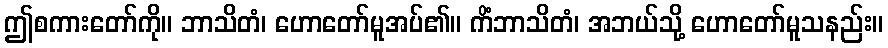
ဤစကားတော်ကို။ ဘာသိတံ၊ ဟောတော်မူအပ်၏။ ကိံဘာသိတံ၊ အဘယ်သို့ ဟောတော်မူသနည်း။